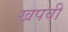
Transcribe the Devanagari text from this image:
खपवी